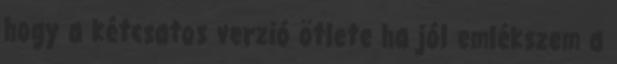
hogy a kétcsatos verzió ötlete ha jól emlékszem a